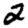
Digit: 2